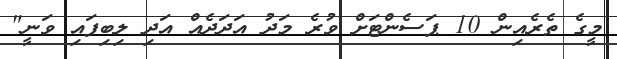
މީގެ ތެރެއިން 10 ޕަސެންޓަށް ވުރެ މަދު އަދަދެއް އަދި ލިބިފައި ވަނީ"